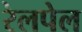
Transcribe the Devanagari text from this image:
रेलपेल